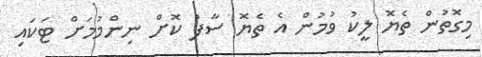
މިގޮތުން ތެޔޮ ލީކު ވުމުން އެ ތެޔޮ ސާފު ކޮށް ނިންމުމަށް ޓަކައި